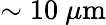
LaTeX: \sim 10~\mu\mathrm{m}